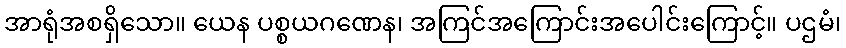
အာရုံအစရှိသော။ ယေန ပစ္စယဂဏေန၊ အကြင်အကြောင်းအပေါင်းကြောင့်။ ပဌမံ၊